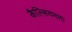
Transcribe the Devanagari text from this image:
कैल्सियमता